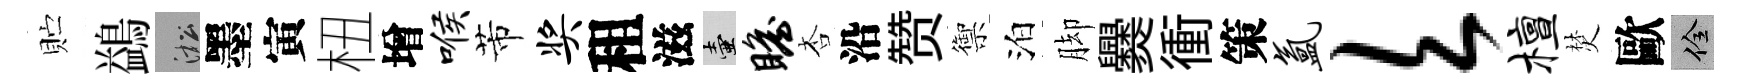
贮鷁淞墨寅杻增喉芾奖租滋壺瞻杏沿赞禦泊脚爨衝策氲欠檀焚歐佺